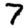
Digit: 7